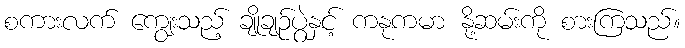
စကားလက် ကျွေးသည့် ချိုချဉ်ပွဲနှင့် ကနုကမာ နို့ဆမ်းကို စားကြသည်။